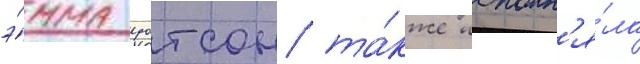
э́мма уотсон та́кже исполн'я́ла